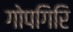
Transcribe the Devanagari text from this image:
गोपगिरि